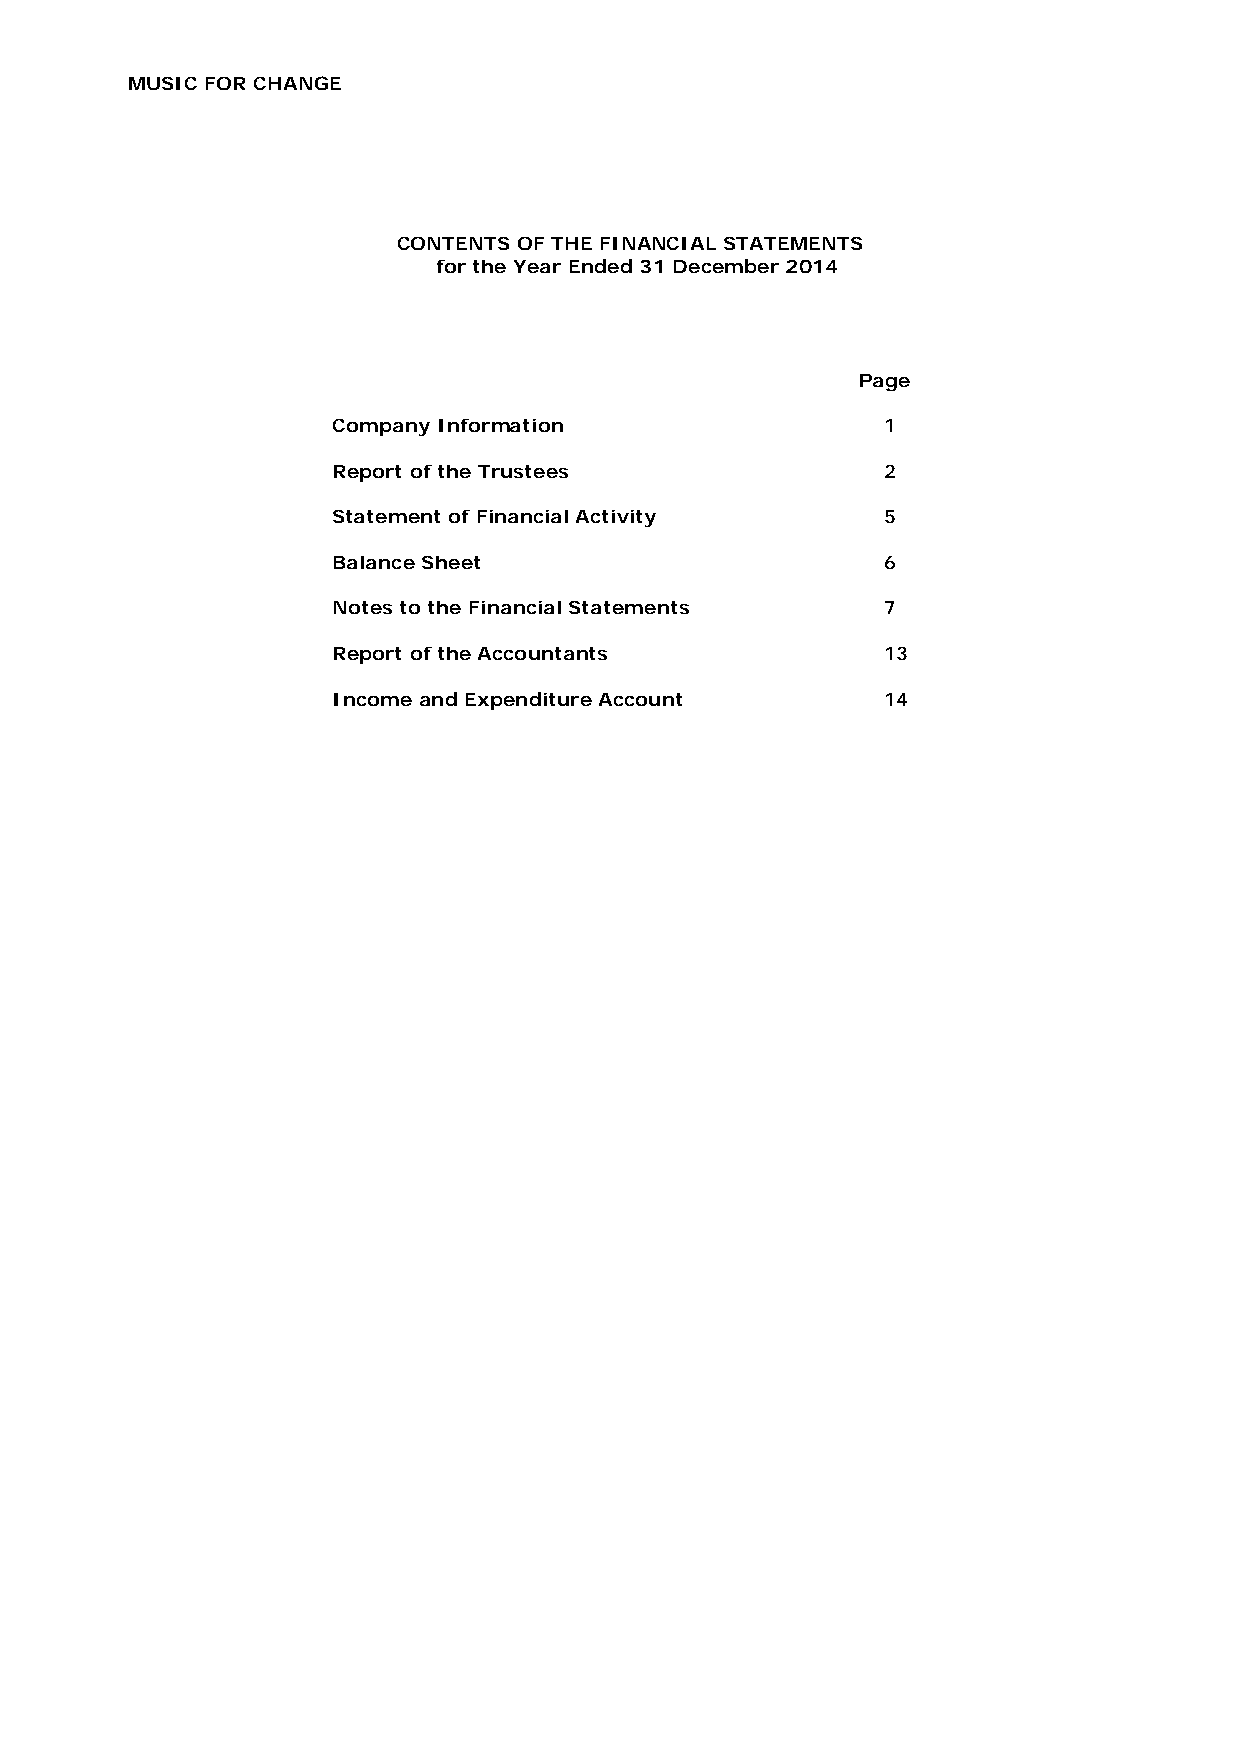
MUSIC FOR CHANGE
 CONTENTS OF THE FINANCIAL STATEMENTS
 for the Year Ended 31 December 2014
 Page
 Company Information                 1
 Report of the Trustees              2
 Statement of Financial Activity     5
 Balance Sheet                       6
 Notes to the Financial Statements   7
 Report of the Accountants            13
 Income and Expenditure Account       14